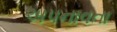
અપનાવતા